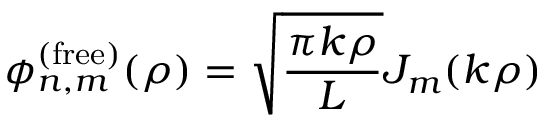
\phi _ { n , m } ^ { ( \mathrm { f r e e } ) } ( \rho ) = \sqrt { \frac { \pi k \rho } { L } } J _ { m } ( k \rho )